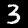
Digit: 3